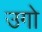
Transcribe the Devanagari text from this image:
उगो